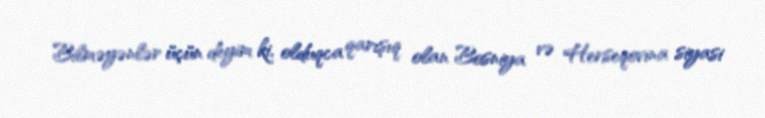
Bilməyənlər üçün deyim ki, olduqca qarışıq olan Bosniya və Herseqovina siyasi